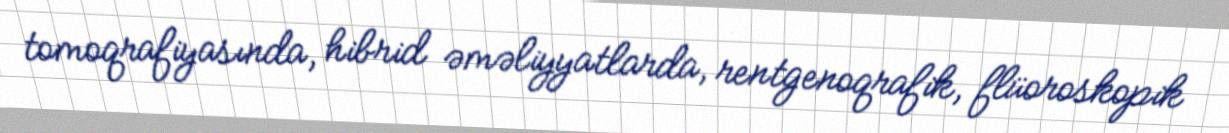
tomoqrafiyasında, hibrid əməliyyatlarda, rentgenoqrafik, flüoroskopik